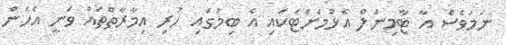
ނަމަވެސް އާ ޓާމިނަލް އެޅުމަށްޓަކައި އެ ބިމުގައި ހުރި އިމާރާތްތައް ވަނީ އެހެން